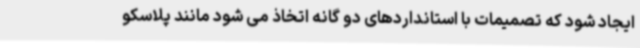
ایجاد شود که تصمیمات با استانداردهای دو گانه اتخاذ می شود مانند پلاسکو